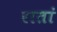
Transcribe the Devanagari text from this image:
रातां